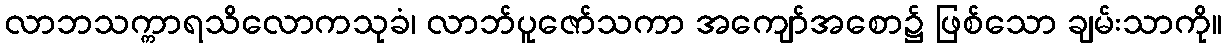
လာဘသက္ကာရသိလောကသုခံ၊ လာဘ်ပူဇော်သကာ အကျော်အစော၌ ဖြစ်သော ချမ်းသာကို။